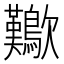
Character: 𣥁